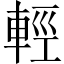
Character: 輕